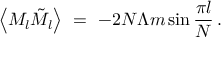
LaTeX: \left\langle M _ { l } \tilde { M } _ { l } \right\rangle \ = \ - 2 N \Lambda m \sin \frac { \pi l } { N } \, .